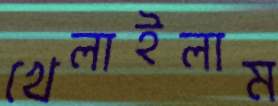
খেলাইলাম